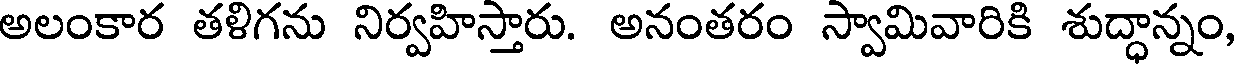
అలంకార తళిగను నిర్వహిస్తారు. అనంతరం స్వామివారికి శుద్ధాన్నం,